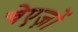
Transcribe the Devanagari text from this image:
चेएज़ों